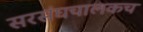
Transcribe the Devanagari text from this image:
सरसंघचालकच